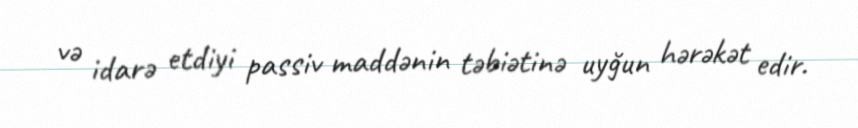
və idarə etdiyi passiv maddənin təbiətinə uyğun hərəkət edir.